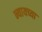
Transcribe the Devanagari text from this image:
न्यायच्या